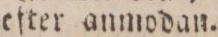
efter anmodan.